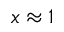
x \approx 1